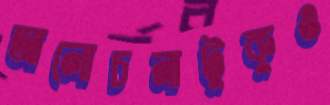
আলোচনাটুকুও